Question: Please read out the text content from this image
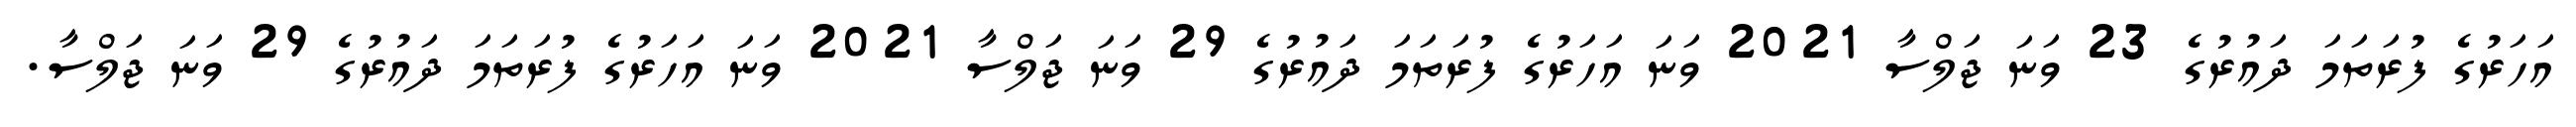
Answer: އަހަރުގެ ފުރަތަމަ ދައުރުގެ 23 ވަނަ ޖަލްސާ 2021 ވަނަ އަހަރުގެ ފުރަތަމަ ދައުރުގެ 29 ވަނަ ޖަލްސާ 2021 ވަނަ އަހަރުގެ ފުރަތަމަ ދައުރުގެ 29 ވަނަ ޖަލްސާ.